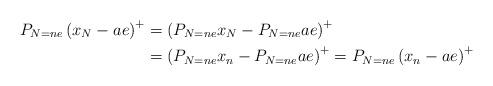
LaTeX: \begin{align*}P_{N=ne}\left( x_{N}-ae\right) ^{+} & =\left( P_{N=ne}x_{N}-P_{N=ne}ae\right) ^{+}\\& =\left( P_{N=ne}x_{n}-P_{N=ne}ae\right) ^{+}=P_{N=ne}\left(x_{n}-ae\right) ^{+}\end{align*}